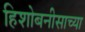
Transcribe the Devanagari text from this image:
हिशोबनीसाच्या